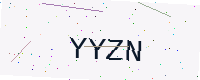
Text: YYZN